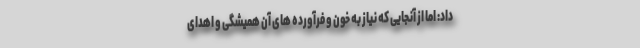
داد: اما از آنجایی که نیاز به خون و فرآورده های آن همیشگی و اهدای